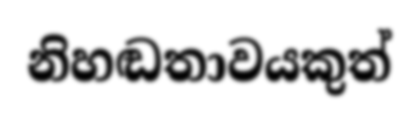
නිහඬතාවයකුත්